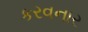
કરવનાર